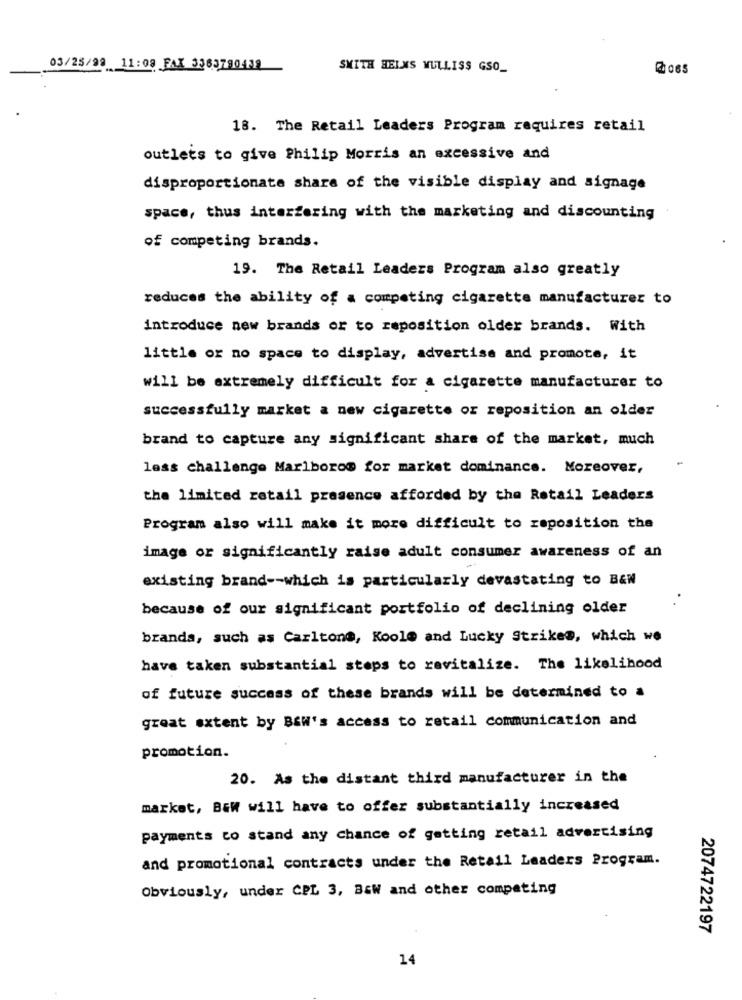
03/25/98 11:08 FAX 3363790439
SMITH HELMS MULLISS GSO_
18. The Retail Leaders Program requires retail
outlets to give Philip Morris an excessive and
disproportionate share of the visible display and signage
space, thus interfering with the marketing and discounting
of competing brands.
19. The Retail Leaders Program also greatly
reduces the ability of a competing cigarette manufacturer to
introduce new brands or to reposition older brands. With
little or no space to display, advertise and promote, it
will be extremely difficult for a cigarette manufacturer to
successfully market a new cigarette or reposition an older
brand to capture any significant share of the market, much
less challenge Marlboro@ for market dominance. Moreover,
the limited retail presence afforded by the Retail Leaders
Program also will make it more difficult to reposition the
image or significantly raise adult consumer awareness of an
existing brand -- which is particularly devastating to B&w
because of our significant portfolio of declining older
brands, such as Carltone, Koole and Lucky Strikes, which we
have taken substantial steps to revitalize. The likelihood
of future success of these brands will be determined to a
great extent by Bawi's access to retail communication and
promotion.
20. As the distant third manufacturer in the
market, Baw will have to offer substantially increased
payments co stand any chance of getting retail advertising
and promotional contracts under the Retail Leaders Program.
Obviously, under CPL 3, B&W and other competing
2074722197
14